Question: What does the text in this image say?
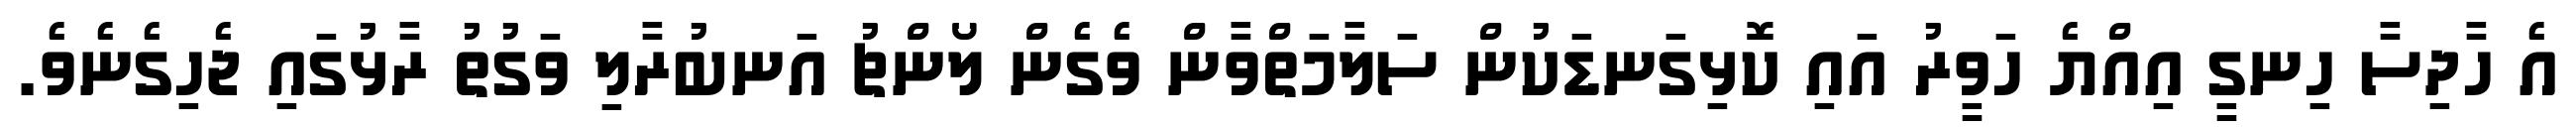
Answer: އެ ހާދިސާ ހިނގީ އިއްޔެ ހަވީރު އައި ކޮޅިގަނޑަކުން ސަލާމަތްވާން ވެގެން ލޯންޗު އަނބުރާލި ވަގުތު ރާޅުގައި ޖެހިގެނެވެ.